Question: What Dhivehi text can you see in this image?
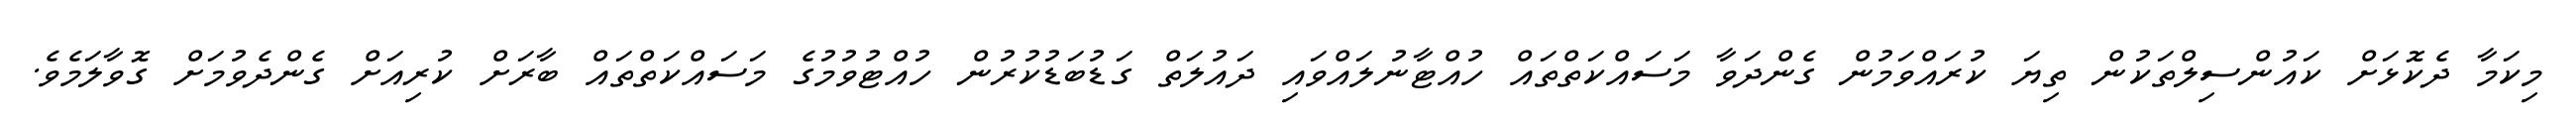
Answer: މިކަމާ ދެކޮޅަށް ކައުންސިލްތަކުން ތިޔަ ކުރައްވަމުން ގެންދަވާ މަސައްކަތްތައް ހުއްޓާނުލައްވައި ދައުލަތް ގަޑުބަޑުކުރުން ހުއްޓުވުމުގެ މަސައްކަތްތައް ބާރަށް ކުރިއަށް ގެންދެވުމަށް ގޮވާލަމެވެ.